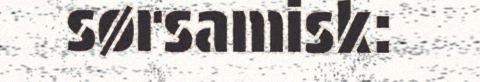
sørsamisk: